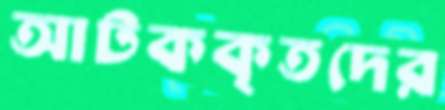
আটককৃতদের